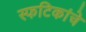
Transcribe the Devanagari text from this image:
स्फटिकांचे